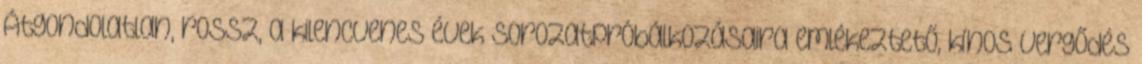
Átgondolatlan, rossz, a kilencvenes évek sorozatpróbálkozásaira emlékeztető, kínos vergődés